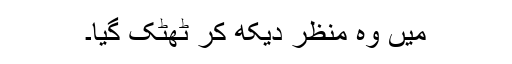
میں وہ منظر دیکھ کر ٹھٹک گیا۔